Report of the Indian Hemp Drugs Commission, 1894-1895 - Volume VI
Year: 1894
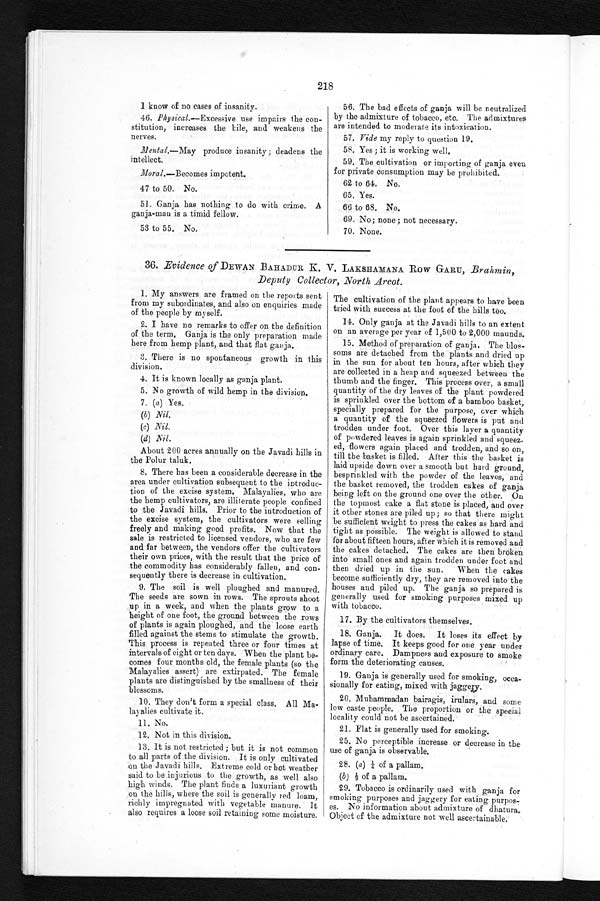
218
I know of no cases of insanity.
46. Physical.-Excessive use impairs the con-
stitution, increases the tile, and weakens the
nerves.
Mental.-May produce insanity; deadens the
intellect.
Morale-Becomes impotent.
47 to 50. No.
51. Ganja has nothing to do with crime. A
ganja-man is a timid fellow.
53 to 55. No.
56. The bad effects of ganja will be neutralized
by the admixture of tobacco, etc. The admixtures
are intended to moderate its intoxication.
57. Vide my reply to question 19.
58. Yes ; it is working well.
59. The cultivation or importing of ganja even
for private consumption may be prohibited.
62 to 64. No.
65. Yes.
66 to 68. No.
69. No; none ; not necessary.
70. None.
36. Evidence of DEWAN BAHADUR K. V. LAKSHAMANA Row GARU, .Brahmin,
Deputy Collector, North Arcot.
1. My answers are framed on the reports sent
from my subordinates, and also on enquiries made
of the people by myself.
2. I have no remarks to offer on the definition
of the term. Ganja is the only preparation made
here from hemp plant, and that flat ganja.
3. There is no spontaneous growth in this
division.
4. It is known locally as ganja plant.
5. No growth of wild hemp in the division.
7. (a) Yes.
(b) Nil.
(c) Nil.
(d) Nil.
About 200 acres annually on the Javadi hills in
the Polur taluk.
8. There has been a considerable decrease in the
area under cultivation subsequent to the introduc-
tion of the excise system. Malayalies, who are
the hemp cultivators, are illiterate people confined
to the Javadi hills. Prior to the introduction of
the excise system, the cultivators were selling
freely and making good profits. Now that the
sale is restricted to licensed vendors, who are few
and far between, the vendors offer the cultivators
their own prices, with the result that the price of
the commodity has considerably fallen, and con-
sequently there is decrease in cultivation.
9. The soil is well ploughed and manured.
The seeds are sown in rows. The sprouts shoot
up in a week, and when the plants grow to a
height of one foot, the ground between the rows
of plants is again ploughed, and the loose earth
filled against the stems to stimulate the growth.
This process is repeated three or four times at
intervals of eight or ten days. When the plant be-
comes four months old, the female plants (so the
Malayalies assert) are extirpated. The female
plants are distinguished by the smallness of their
blossoms.
10. They don't form a special class. All Ma-
-layalies cultivate it.
11. No.
12. Not in this division.
13. It is not restricted ; but it is not common
to all parts of the division. It is only cultivated
on the Javadi hills. Extreme cold or hot weather
s a i d , t o b e i n j u r i o u s t o t h e g r o w t h , a s w e l l a l s o
high winds. The plant finds a luxuriant growth
on the hills, where the soil is generally red loam,
richly impregnated with vegetable manure. it
also requires a loose soil retaining some moisture.
The cultivation of the plant appears to have been
tried with success at the foot of the hills too.
14. Only ganja at the Javadi hills to an extent
on an average per year of 1,500 to 2,000 maunds.
15. Method of preparation of ganja. The blos
-soms are detached from-the plants and dried up
in the sun for about ten hours, after which they
are collected in a heap and squeezed between the
thumb and the finger. This process over, a small
quantity of the dry leaves of the plant powdered
is sprinkled over the bottom of a bamboo basket,
specially prepared for the purpose, over which
a quantity of the squeezed flowers is put and
trodden under foot. Over this layer a quantity
of powdered leaves is again sprinkled and
s q u e e z - e d , f l o w e r s a g a i n p l a c e d a n d t r o d d e n , a n d s o o n ,
till the basket is filled. After this the basket is
laid upside down over a smooth but hard ground,
besprinkled with the powder of the leaves, and
the basket removed, the trodden cakes of ganja
being left on the ground one over the other. O
n t h e t o p m o s t c a k e a f l a t s t o n e i s p l a c e d , a n d o v e r
it other stones are piled up ; so that there might
be sufficient weight to press the cakes as hard and
tight as possible. The weight is allowed to stand
for about fifteen hours, after which it is removed and
the cakes detached. The cakes are then broken
into small ones and again trodden under foot and
then dried up in the sun. When the cakes
become sufficiently dry, they are removed into the
houses and piled up. The ganja so prepared is
generally used for smoking purposes mixed up
with tobacco.
1 7 . B y t h e c u l t i v a t o r s t h e m s e l v e s .
18. Ganja. It does. It loses its effect by
lapse of time. It keeps good for one year under
ordinary care. Dampness and exposure to smoke
form the deteriorating causes.
19. Ganja is generally used for smoking, occa-
sionally for eating, mixed with jaggery.
20. Muhammadan bairagis, irulars, and some
low caste people. The proportion or the special
locality could not be ascertained.
2 1 . F l a t i s g e n e r a l l y u s e d f o r s m o k i n g .
25. No perceptible increase or decrease in the
use of ganja is observable.
2 8 .
( a ) ¼
o f a p a l l a m .
(b) of a pallam.
29. Tobacco is ordinarily used with ganja for
smoking purposes and jaggery for eating
p u r p o s e s . N o i n f o r m a t i o n a b o u t a d m i x t u r e o f d h a t u r a .
Object of the admixture not well ascertainable.